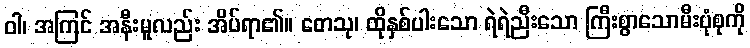
ဝါ၊ အကြင် အနီးမူလည်း အိပ်ရာ၏။ တေသု၊ ထိုနှစ်ပါးသော ရဲရဲညီးသော ကြီးစွာသောမီးပုံစုကို